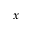
x